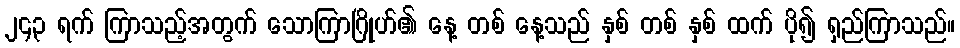
၂၄၃ ရက် ကြာသည့်အတွက် သောကြာဂြိုဟ်၏ နေ့ တစ် နေ့သည် နှစ် တစ် နှစ် ထက် ပို၍ ရှည်ကြာသည်။